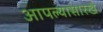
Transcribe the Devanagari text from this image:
आपल्यासारखे